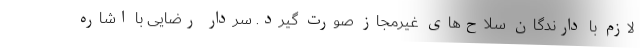
لازم با دارندگان سلاح‌های غیرمجاز صورت گیرد. سردار رضایی با اشاره